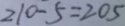
2 1 0 - 5 = 2 0 5